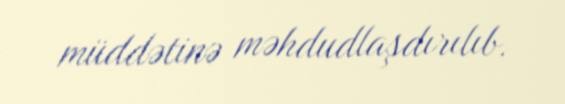
müddətinə məhdudlaşdırılıb.